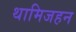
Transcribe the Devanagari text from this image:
थामिजहन